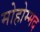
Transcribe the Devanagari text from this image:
मोहोम्मद